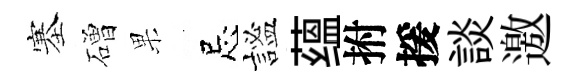
塞磳果忌謐蕴拊援談邀